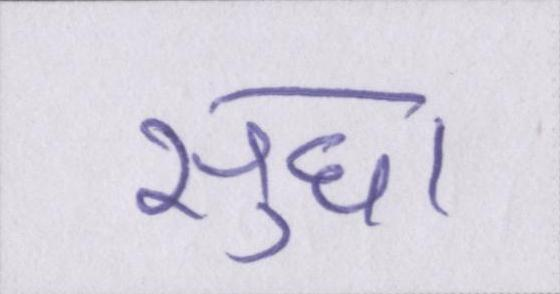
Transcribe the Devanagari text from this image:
सुधा